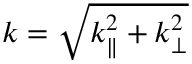
k = \sqrt { k _ { \parallel } ^ { 2 } + k _ { \perp } ^ { 2 } }